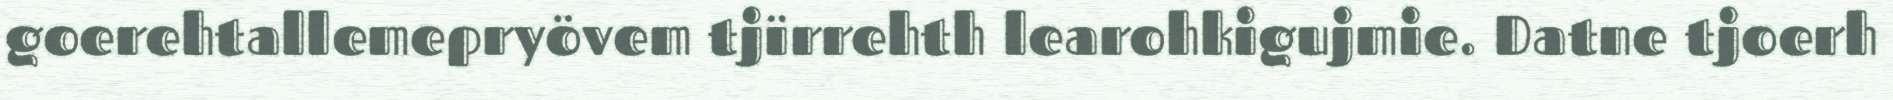
goerehtallemepryövem tjïrrehth learohkigujmie. Datne tjoerh